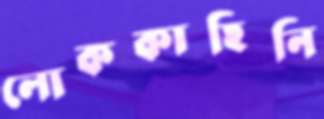
লোককাহিনি